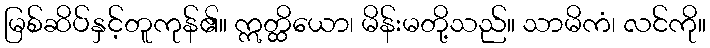
မြစ်ဆိပ်နှင့်တူကုန်၏။ ဣတ္ထိယော၊ မိန်းမတို့သည်။ သာမိကံ၊ လင်ကို။